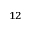
_ { 1 2 }